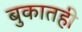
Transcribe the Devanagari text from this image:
बुकातही